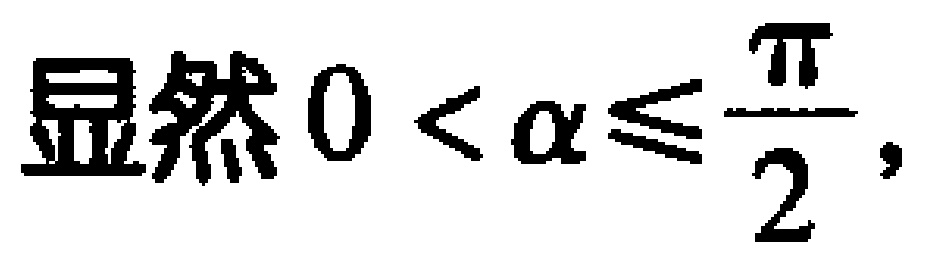
显然\(0 < \alpha \leq \frac{\pi}{2}\)，